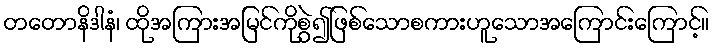
တတောနိဒါနံ၊ ထိုအကြားအမြင်ကိုစွဲ၍ဖြစ်သောစကားဟူသောအကြောင်းကြောင့်။